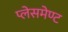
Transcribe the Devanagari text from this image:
प्लेसमेण्ट